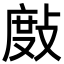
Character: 𢾖